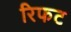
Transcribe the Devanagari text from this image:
रिफट